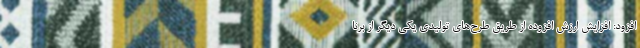
افزود: افزایش ارزش افزوده از طریق طرح‌های تولیدی یکی دیگر از برنا